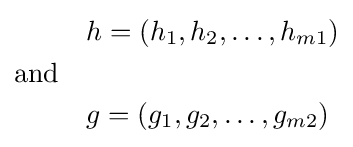
{\begin{aligned}&&&{h=(h_{1},h_{2},\dots ,h_{m1})}\\\operatorname {and} \\&&&{g=(g_{1},g_{2},\dots ,g_{m2})}\end{aligned}}